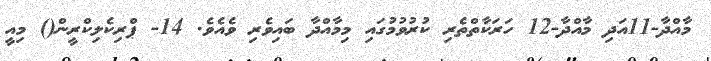
މާއްދާ-11އަދި މާއްދާ-12 ހަރަކާތްތެރި ކުރުވުމުގައި މިމާއްދާ ބައިވެރި ވެއެވެ. 14- ޕްރިކެލިކްރީން() މިއީ